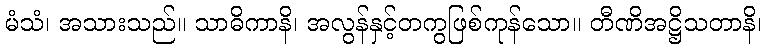
မံသံ၊ အသားသည်။ သာဓိကာနိ၊ အလွန်နှင့်တကွဖြစ်ကုန်သော။ တီဏိအဋ္ဌိသတာနိ၊